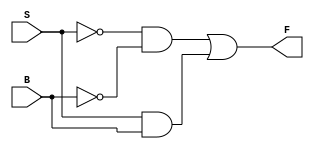
//XNOR Gate using 2x1 Multiplexer
module XNOR_GATE (
input B, S,
output F  );
wire S1, B1, W1, W2;
not n1(S1, S);
not n2(B1, B);
and a1(W1, S1, B1);
and a2(W2, S, B);
or o1(F, W1, W2);
endmodule